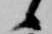
候